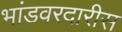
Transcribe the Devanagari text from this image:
भांडवरदारीस